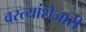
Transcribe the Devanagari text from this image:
वस्त्यांशेजारी